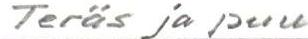
Teräs ja puu